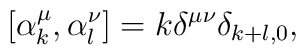
\left[ \alpha _{k}^{\mu },\alpha _{l}^{\nu }\right] =k\delta ^{\mu \nu}\delta _{k+l,0},